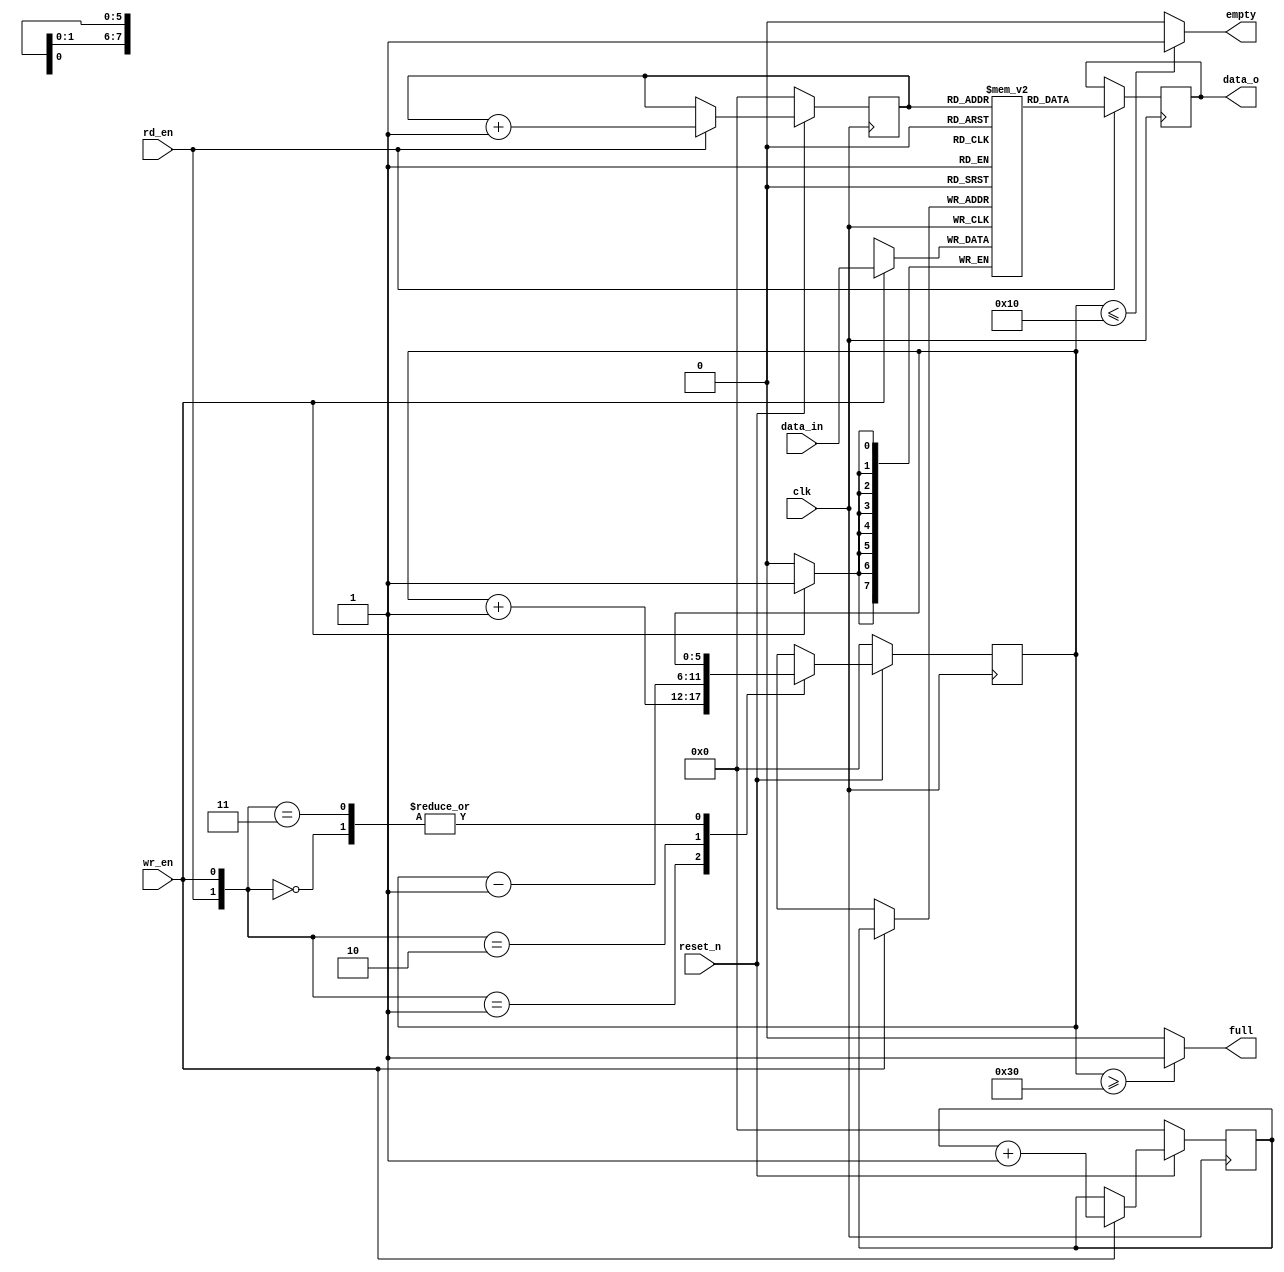
module FIFO #(
  parameter DEPTH = 6,
  	   WIDTH = 8,
  	   MAX_COUNT = (1 << DEPTH)
  )(
  input wire	        clk,            //??
  input wire	        reset_n,            //??
  input [WIDTH-1:0]	data_in,            //??????
  input wire	        rd_en,          //???
  input wire	        wr_en,         //???
  output reg[WIDTH-1:0] data_o,          //??????
  output reg 	        empty,        //?????
  output reg	        full    //??????
  );

  reg [DEPTH-1 : 0] tail; 	//???
  reg [DEPTH-1 : 0] head;	//???
  reg [DEPTH-1 : 0] count; 	//???????

  reg[WIDTH-1 : 0]fifomem [MAX_COUNT - 1 : 0]; 
//read
  always@(posedge clk)
    if(rd_en)
      data_o <= fifomem[tail];

   //write   
  always@(posedge clk)
      if(wr_en)
        fifomem[head] <= data_in;

  //??head??
  always@(posedge clk)    
	if(!reset_n)
		head <= 0;
	else if(wr_en)
		head <= head + 1'b1;

  //??tail??
  always @(posedge clk)    
  	if(!reset_n)
    		tail <= 0;
  	else if(rd_en)
    		tail <= tail + 1'b1;
  //count
  always@(posedge clk)
  	if(!reset_n)
    		count <= 0;
  	else
     		case({rd_en , wr_en})
     			2'b00: count <= count;
     			2'b01: count <= count + 1'b1;
     			2'b10: count <= count - 1'b1;
     			2'b11: count <= count;
    		endcase

  //?????full
  always @(count)
        if(count >= MAX_COUNT*3/4)
                full = 1'b1;
        else
                full = 1'b0;

  //?????empty
  always @(count)
        if(count <= MAX_COUNT/4)
    	        empty = 1'b1;
         else
    	        empty = 1'b0;

endmodule